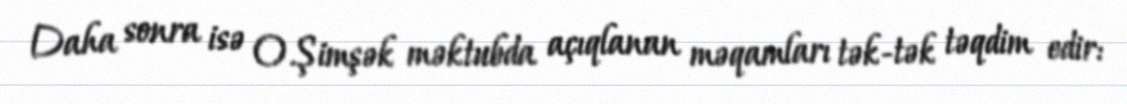
Daha sonra isə O.Şimşək məktubda açıqlanan məqamları tək-tək təqdim edir: